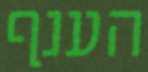
הענף